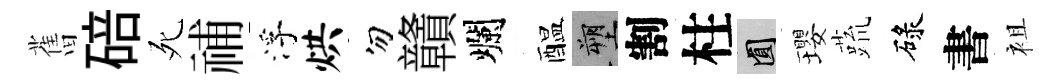
𦾔碚死𥙷浮烘勿贛爛醖塑割柱圓瓔蔬碌書袓